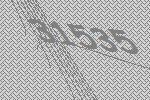
31535